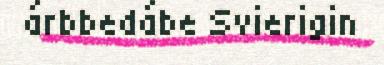
árbbedábe Svierigin